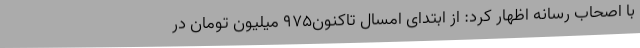
با اصحاب رسانه اظهار کرد: از ابتدای امسال تاکنون975 میلیون تومان در